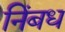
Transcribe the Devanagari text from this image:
निंबध